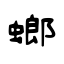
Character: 螂